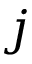
j